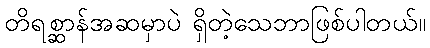
တိရစ္ဆာန်အဆမှာပဲ ရှိတဲ့သေဘာဖြစ်ပါတယ်။